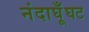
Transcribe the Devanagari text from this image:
नंदाघूँघट